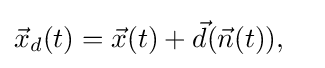
{\vec {x}}_{d}(t)={\vec {x}}(t)+{\vec {d}}({\vec {n}}(t)),\quad